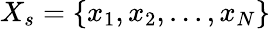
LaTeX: X_{s}=\{ x_{1},x_{2},...,x_{N}\}